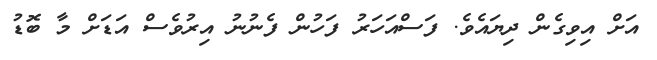
އަށް އިވިގެން ދިޔައެވެ. ފަސްއަހަރު ފަހުން ފެނުނު އިރުވެސް އަޑަށް މާ ބޮޑު